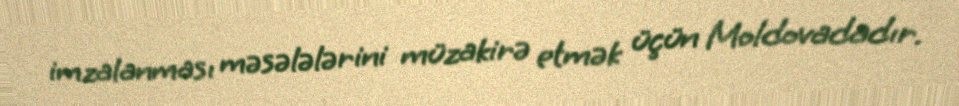
imzalanması məsələlərini müzakirə etmək üçün Moldovadadır.